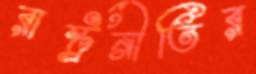
রাষ্ট্রনীতির